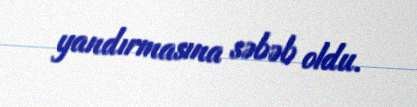
yandırmasına səbəb oldu.